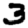
Digit: 3